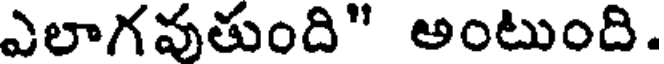
ఎలాగవుతుంది" అంటుంది.